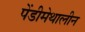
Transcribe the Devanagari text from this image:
पेंडीमेथालीन